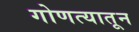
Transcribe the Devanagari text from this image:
गोणत्यातून